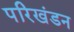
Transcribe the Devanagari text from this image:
परिखंडन